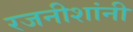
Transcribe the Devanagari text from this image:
रजनीशांनी